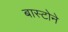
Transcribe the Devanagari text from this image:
बास्टोने